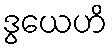
ဒွယေဟိ